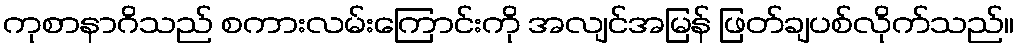
ကုစာနာဂိသည် စကားလမ်းကြောင်းကို အလျင်အမြန် ဖြတ်ချပစ်လိုက်သည်။